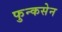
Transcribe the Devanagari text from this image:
फुन्कसेन